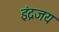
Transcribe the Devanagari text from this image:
इंद्रजय